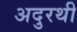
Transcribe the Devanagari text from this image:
अदुरथी